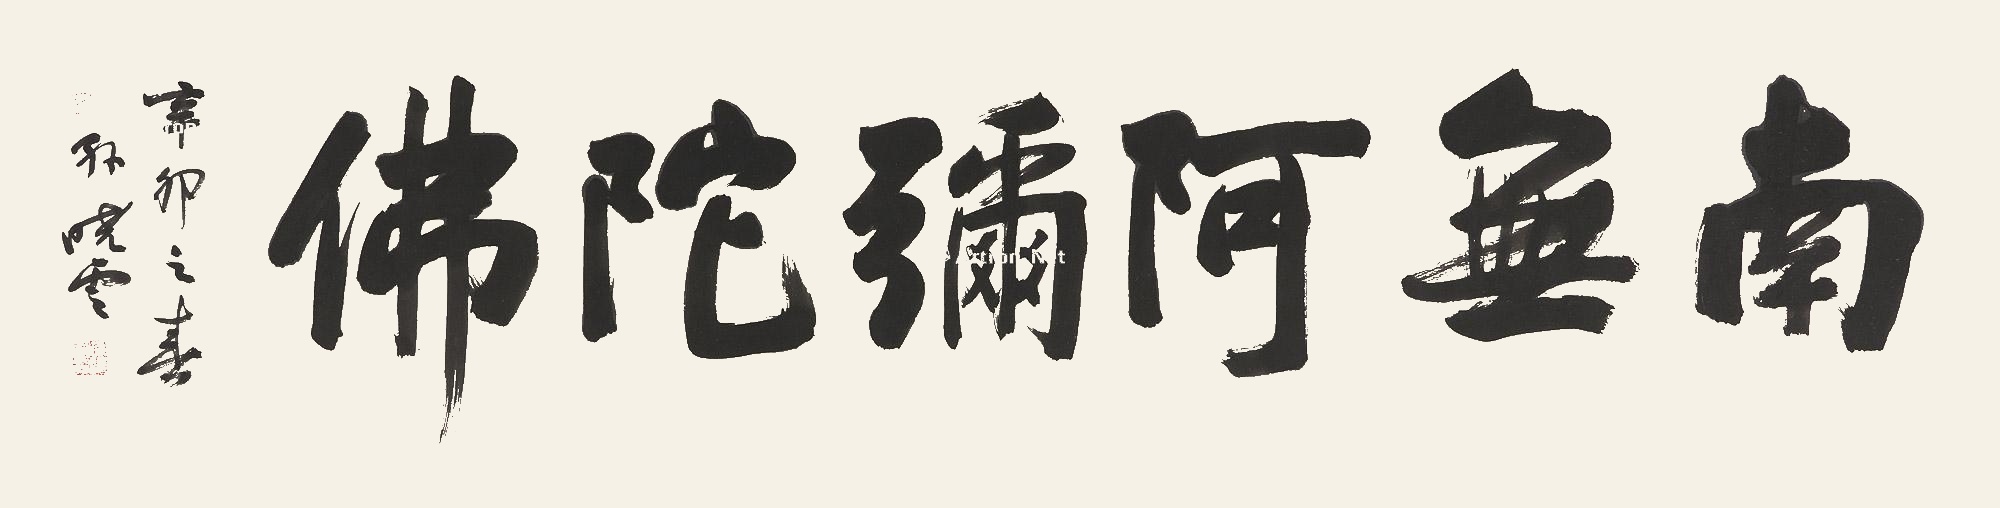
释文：南无阿弥陀佛辛卯之春，孙晓云。